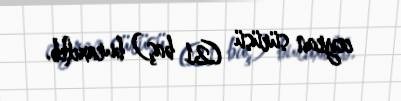
ceyran sürüsü (21 baş) buraxılıb.